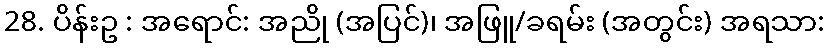
28. ပိန်းဥ : အရောင်: အညို (အပြင်)၊ အဖြူ/ခရမ်း (အတွင်း) အရသာ: